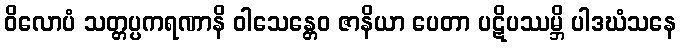
ဝိလောပံ သတ္တပ္ပကရဏာနိ ဝါသေန္တေဝ ဇာနိယာ ပေတာ ပဋိပဿမ္ဘိ ပါဒဃံသနေ